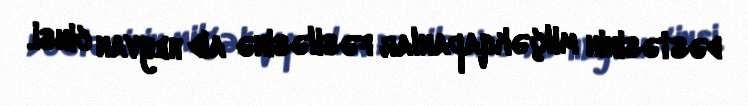
dəstəsinin milçəkqapanlar fəsiləsinə aid heyvan cinsi.